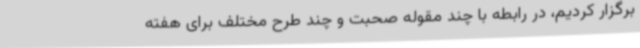
برگزار کردیم، در رابطه با چند مقوله صحبت و چند طرح مختلف برای هفته